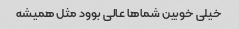
خیلی خوبین شماها عالی بوود مثل همیشه